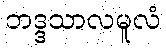
ဘဒ္ဒသာလမူလံ